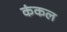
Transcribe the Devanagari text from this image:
कंकल